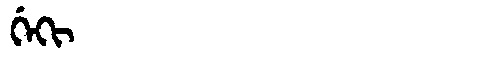
Manchu: ᡤᡝᡴᡳ
Romanization: GEKI